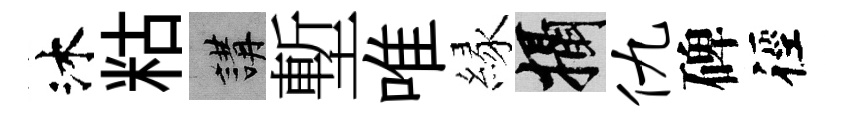
沐䊀講塹唯縁攝仇碑徑